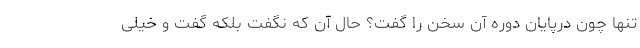
تنها چون درپایان دوره آن سخن را گفت؟ حال آن که نگفت بلکه گفت و خیلی